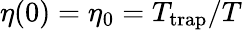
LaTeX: \eta(0)=\eta_{0}=T_{\mathrm{trap}}/T